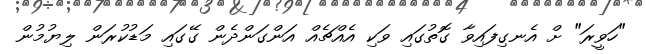
"ހަވީރަ" ށް އެނގިފައިވާ ގޮތުގައި ވަކި އެއްޗެއް އަންގަންދެން ގޭގައި މަޑުކުރަން ލިޔުމުން